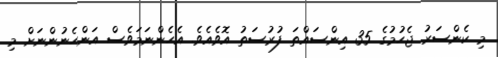
މި ކެންސަރު ޖެހުމުގެ 35 އިންސައްތަ ފުރުސަތު އޮވެއެވެ. އެހެންނަމަވެސް އަންހެނުންނަށް މި